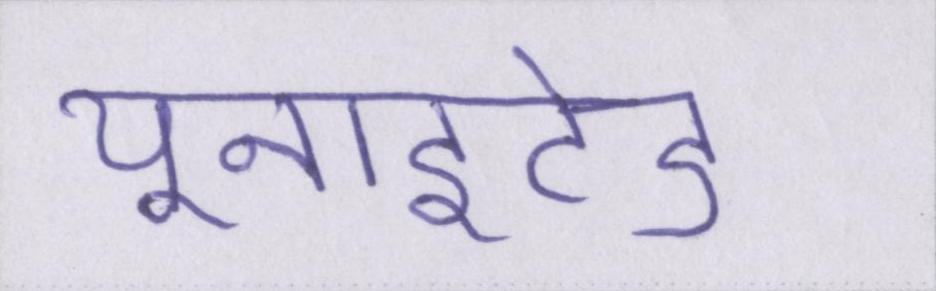
यूनाइटेड